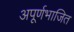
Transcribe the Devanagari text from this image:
अपूर्णभाजित